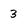
Character: 3